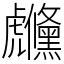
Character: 虪